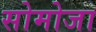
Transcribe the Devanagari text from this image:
सोमोजा